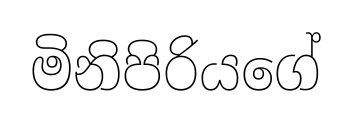
මිනිපිරියගේ